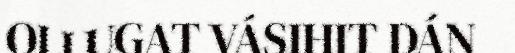
OLLUGAT VÁSIHIT DÁN